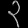
Digit: ၃